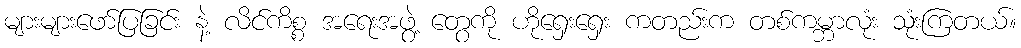
များများဖော်ပြခြင်း နဲ့ လိင်ကိစ္စ အရေးအဖွဲ့ တွေကို ဟိုရှေးရှေး ကတည်းက တစ်ကမ္ဘာလုံး သုံးကြတယ်။